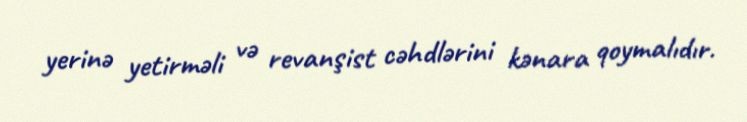
yerinə yetirməli və revanşist cəhdlərini kənara qoymalıdır.